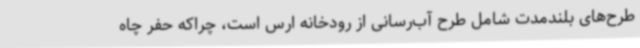
طرح‌های بلندمدت شامل طرح آب‌رسانی از رودخانه ارس است، چراکه حفر چاه